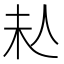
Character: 𠇠